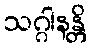
သဂ္ဂါနန္တိ